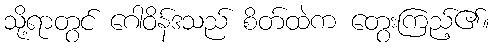
သို့ရာတွင် ဂေါဝိန်ဒသည် စိတ်ထဲက တွေးကြည့်၏။